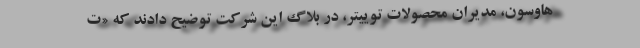
هاوسون، مدیران محصولات توییتر، در بلاگ این شرکت توضیح دادند که «ت